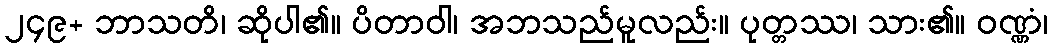
၂၄၉+ ဘာသတိ၊ ဆိုပါ၏။ ပိတာဝါ၊ အဘသည်မူလည်း။ ပုတ္တဿ၊ သား၏။ ဝဏ္ဏံ၊